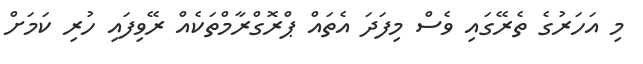
މި އަހަރުގެ ތެރޭގައި ވެސް މިފަދަ އެތައް ޕްރޮގްރާމްތަކެއް ރޭވިފައި ހުރި ކަމަށް